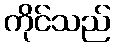
ကိုင်သည်